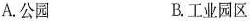
A.公园 B.工业园区